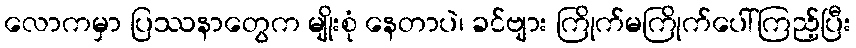
လောကမှာ ပြဿနာတွေက မျိုးစုံ နေတာပဲ၊ ခင်ဗျား ကြိုက်မကြိုက်ပေါ်ကြည့်ပြီး